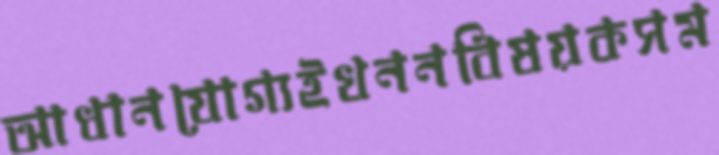
আধানযোগ্যইখননবিষয়কসম